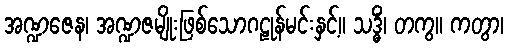
အဏ္ဍဇေန၊ အဏ္ဍဇမျိုးဖြစ်သောဂဠုန်မင်းနှင့်။ သဒ္ဓိံ၊ တကွ။ ကတွာ၊